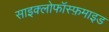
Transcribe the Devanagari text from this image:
साइक्लोफॉस्फ़माइड